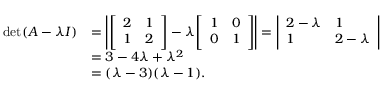
{ \begin{array} { r l } { \operatorname* { d e t } ( A - \lambda I ) } & { = \left| { \left[ \begin{array} { l l } { 2 } & { 1 } \\ { 1 } & { 2 } \end{array} \right] } - \lambda { \left[ \begin{array} { l l } { 1 } & { 0 } \\ { 0 } & { 1 } \end{array} \right] } \right| = { \left| \begin{array} { l l } { 2 - \lambda } & { 1 } \\ { 1 } & { 2 - \lambda } \end{array} \right| } } \\ & { = 3 - 4 \lambda + \lambda ^ { 2 } } \\ & { = ( \lambda - 3 ) ( \lambda - 1 ) . } \end{array} }